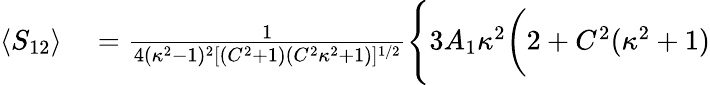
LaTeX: \begin{array}{rl}{\langle S_{12}\rangle}&{{}=\frac{1}{4(\kappa^{2}-1)^{2}[(C^{2}+1)(C^{2}\kappa^{2}+1)]^{1/2}}\Bigg\{ 3A_{1}\kappa^{2}\bigg(2+C^{2}(\kappa^{2}+1)}\end{array}